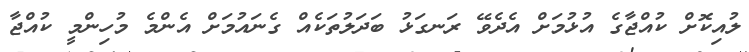
ލުއިކޮށް ކުއްޖާގެ އުޅުމަށް އެދެވޭ ރަނގަޅު ބަދަލުތަކެއް ގެނައުމަށް އެންމެ މުހިންމީ ކުއްޖާ